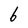
Character: 6